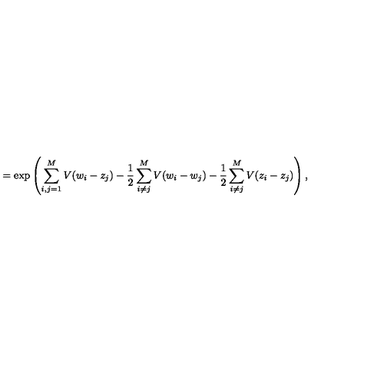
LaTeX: = \exp \left( \sum _ { i , j = 1 } ^ { M } V ( w _ { i } - z _ { j } ) - \frac { 1 } { 2 } \sum _ { i \neq j } ^ { M } V ( w _ { i } - w _ { j } ) - \frac { 1 } { 2 } \sum _ { i \neq j } ^ { M } V ( z _ { i } - z _ { j } ) \right) ,